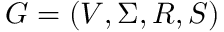
G = ( V , \Sigma , R , S )